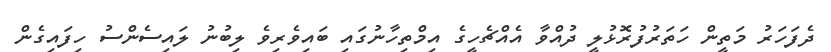
ދެފަހަރު މަތީން ހަތަރުފުރޮޅުލީ ދުއްވާ އެއްޗެހީގެ އިމްތިހާނުގައި ބައިވެރިވެ ލިބުނު ލައިސެންސު ހިފައިގެން